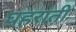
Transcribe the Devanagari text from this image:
घहराती